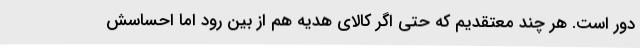
دور است. هر چند معتقدیم که حتی اگر کالای هدیه هم از بین رود اما احساسش